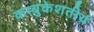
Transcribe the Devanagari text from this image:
कम्बुकेशतीर्थ